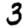
Digit: 3